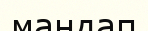
маңдап